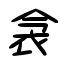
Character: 衾